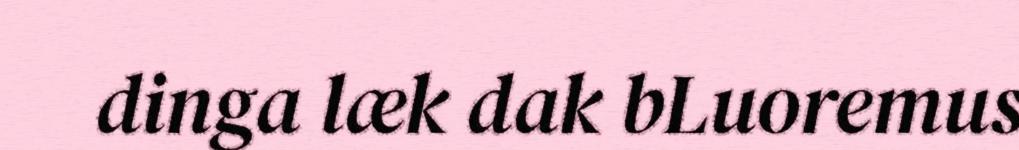
dinga læk dak bLuoremus